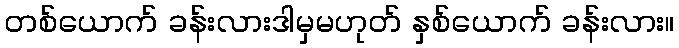
တစ်ယောက် ခန်းလားဒါမှမဟုတ် နှစ်ယောက် ခန်းလား။